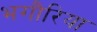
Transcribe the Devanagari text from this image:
भगौरिया